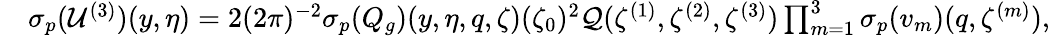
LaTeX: \begin{array}{rl}&{{{\sigma_{p}}}(\mathcal{U}^{(3)})(y,\eta)=2(2\pi)^{-2}{{\sigma_{p}}}(Q_{g})(y,\eta,q,\zeta)(\zeta_{0})^{2}\mathcal{Q}(\zeta^{(1)},\zeta^{(2)},\zeta^{(3)})\prod_{m=1}^{3}{{\sigma_{p}}}(v_{m})(q,\zeta^{(m)}),}\end{array}